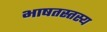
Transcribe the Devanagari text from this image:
भाषतस्तस्य